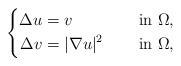
LaTeX: \begin{align*}\left\{\begin{aligned}\Delta u&=v &&\quad\mbox{ in } \Omega, \\\Delta v&=|\nabla u|^2 &&\quad\mbox{ in } \Omega,\end{aligned}\right.\end{align*}